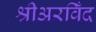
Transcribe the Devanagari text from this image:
श्रीअरविँद